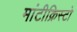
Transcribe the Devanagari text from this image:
मांटीक्रिस्टो